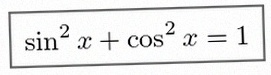
\sin^2x+\cos^2x=1